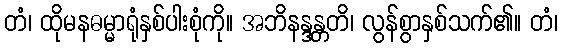
တံ၊ ထိုမနဓမ္မာရုံနှစ်ပါးစုံကို။ အဘိနန္ဒန္တတိ၊ လွန်စွာနှစ်သက်၏။ တံ၊